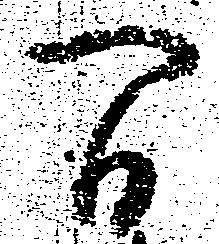
間